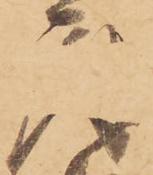
庫